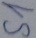
Text: S1